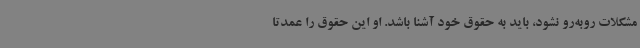
مشکلات روبه‌رو نشود، باید به حقوق خود آشنا باشد. او این حقوق را عمدتا